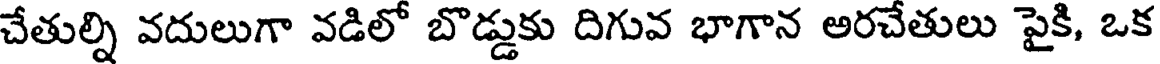
చేతుల్ని వదులుగా వడిలో బొడ్డుకు దిగువ భాగాన అరచేతులు పైకి, ఒక